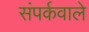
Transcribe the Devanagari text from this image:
संपर्कवाले